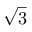
\sqrt { 3 }